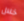
خلال